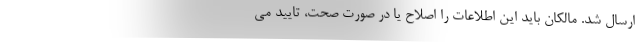
ارسال شد. مالکان باید این اطلاعات را اصلاح یا در صورت صحت، تایید می